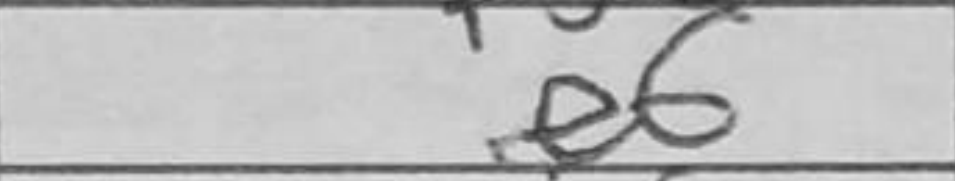
Transcription: e6